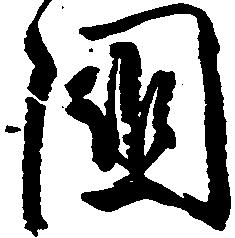
国